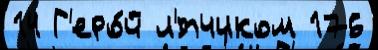
14 Г'еро́й л'́тчиком 176